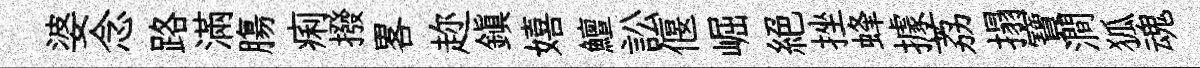
婆念路滿膓痢撥畧趂鎮嬉鱣訟偃崛絕挫蜂據荔搨寶澗狐魂